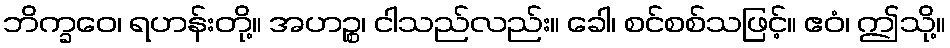
ဘိက္ခဝေ၊ ရဟန်းတို့။ အဟဉ္စ၊ ငါသည်လည်း။ ခေါ၊ စင်စစ်သဖြင့်။ ဧဝံ၊ ဤသို့။